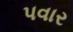
પવાર